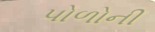
પોળોની